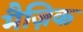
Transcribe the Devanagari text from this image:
मैज़िक